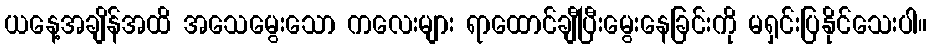
ယနေ့အချိန်အထိ အသေမွေးသော ကလေးများ ရာထောင်ချီပြီးမွေးနေခြင်းကို မရှင်းပြနိုင်သေးပါ။